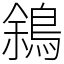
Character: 䳜